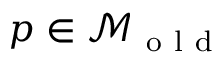
p \in \mathcal { M } _ { \mathrm { ~ o ~ l ~ d ~ } }